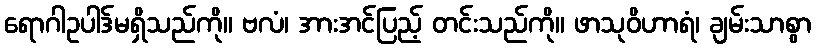
ရောဂါဥပါဒ်မရှိသည်ကို။ ဗလံ၊ အားအင်ပြည့် တင်းသည်ကို။ ဖာသုဝိဟာရံ၊ ချမ်းသာစွာ